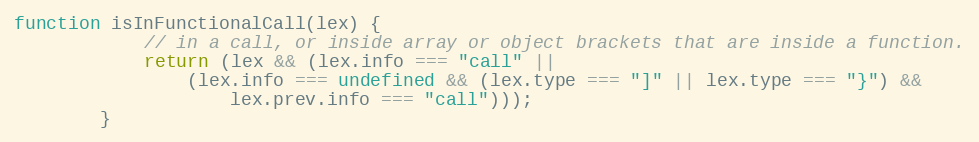
Language: JavaScript
function isInFunctionalCall(lex) {
            // in a call, or inside array or object brackets that are inside a function.
            return (lex && (lex.info === "call" ||
                (lex.info === undefined && (lex.type === "]" || lex.type === "}") &&
                    lex.prev.info === "call")));
        }